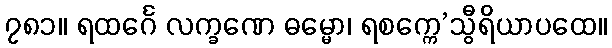
၇၈၁။ ရထင်္ဂေ လက္ခဏေ ဓမ္မော၊ ရစက္ကေ’သွီရိယာပထေ။